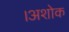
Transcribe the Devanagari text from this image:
।अशोक